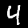
Label: 4